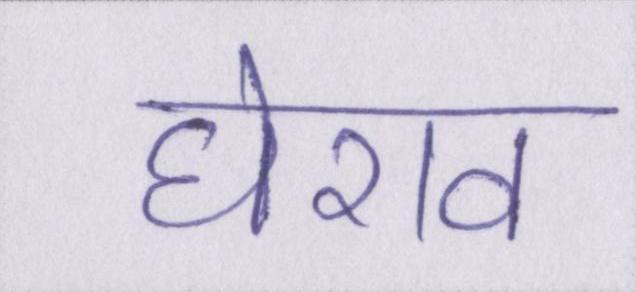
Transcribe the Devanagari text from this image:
घेराव